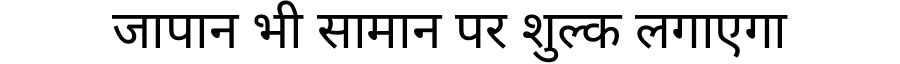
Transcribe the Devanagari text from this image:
जापान भी सामान पर शुल्क लगाएगा